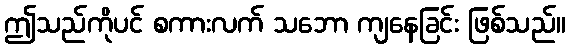
ဤသည်ကိုပင် စကားလက် သဘော ကျနေခြင်း ဖြစ်သည်။